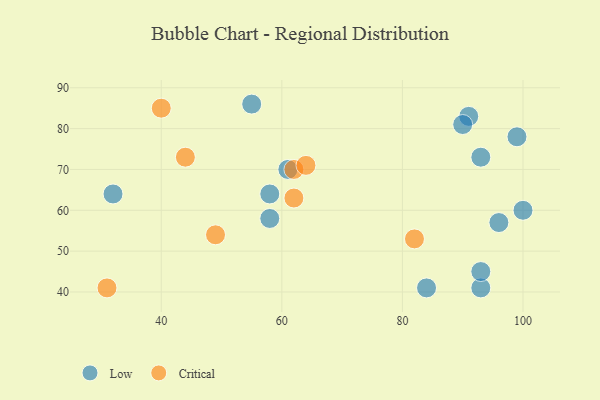
{"axis": {"x": "GDP", "y": "Life Expectancy"}, "legend": ["Critical", "Low"], "data": [{"x": "100", "y": 60, "type": "Low"}, {"x": "91", "y": 83, "type": "Low"}, {"x": "99", "y": 78, "type": "Low"}, {"x": "32", "y": 64, "type": "Low"}, {"x": "58", "y": 58, "type": "Low"}, {"x": "93", "y": 73, "type": "Low"}, {"x": "93", "y": 41, "type": "Low"}, {"x": "84", "y": 41, "type": "Low"}, {"x": "55", "y": 86, "type": "Low"}, {"x": "93", "y": 45, "type": "Low"}, {"x": "61", "y": 70, "type": "Low"}, {"x": "90", "y": 81, "type": "Low"}, {"x": "58", "y": 64, "type": "Low"}, {"x": "96", "y": 57, "type": "Low"}, {"x": "62", "y": 70, "type": "Critical"}, {"x": "44", "y": 73, "type": "Critical"}, {"x": "62", "y": 63, "type": "Critical"}, {"x": "82", "y": 53, "type": "Critical"}, {"x": "49", "y": 54, "type": "Critical"}, {"x": "64", "y": 71, "type": "Critical"}, {"x": "40", "y": 85, "type": "Critical"}, {"x": "31", "y": 41, "type": "Critical"}]}